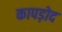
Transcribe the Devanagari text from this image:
कापड़ोद